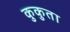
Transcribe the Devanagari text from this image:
कुकुता